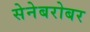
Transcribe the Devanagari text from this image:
सेनेबरोबर